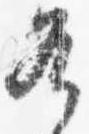
各